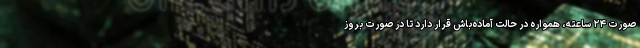
صورت ۲۴ ساعته، همواره در حالت آماده‌باش قرار دارد تا در صورت بروز